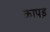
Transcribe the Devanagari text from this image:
कापड़